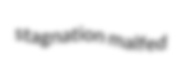
stagnation malfed